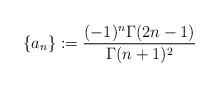
LaTeX: \begin{align*}\{a_n\}:=\frac{(-1)^n\Gamma(2n-1)}{\Gamma(n+1)^2}\end{align*}